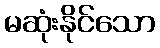
မဆုံးနိုင်သော